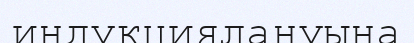
индукциялануына